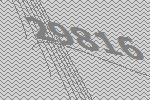
29816